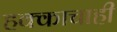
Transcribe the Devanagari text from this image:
हक्काचाही